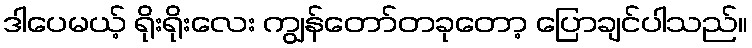
ဒါပေမယ့် ရိုးရိုးလေး ကျွန်တော်တခုတော့ ပြောချင်ပါသည်။